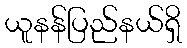
ယူနန်ပြည်နယ်ရှိ